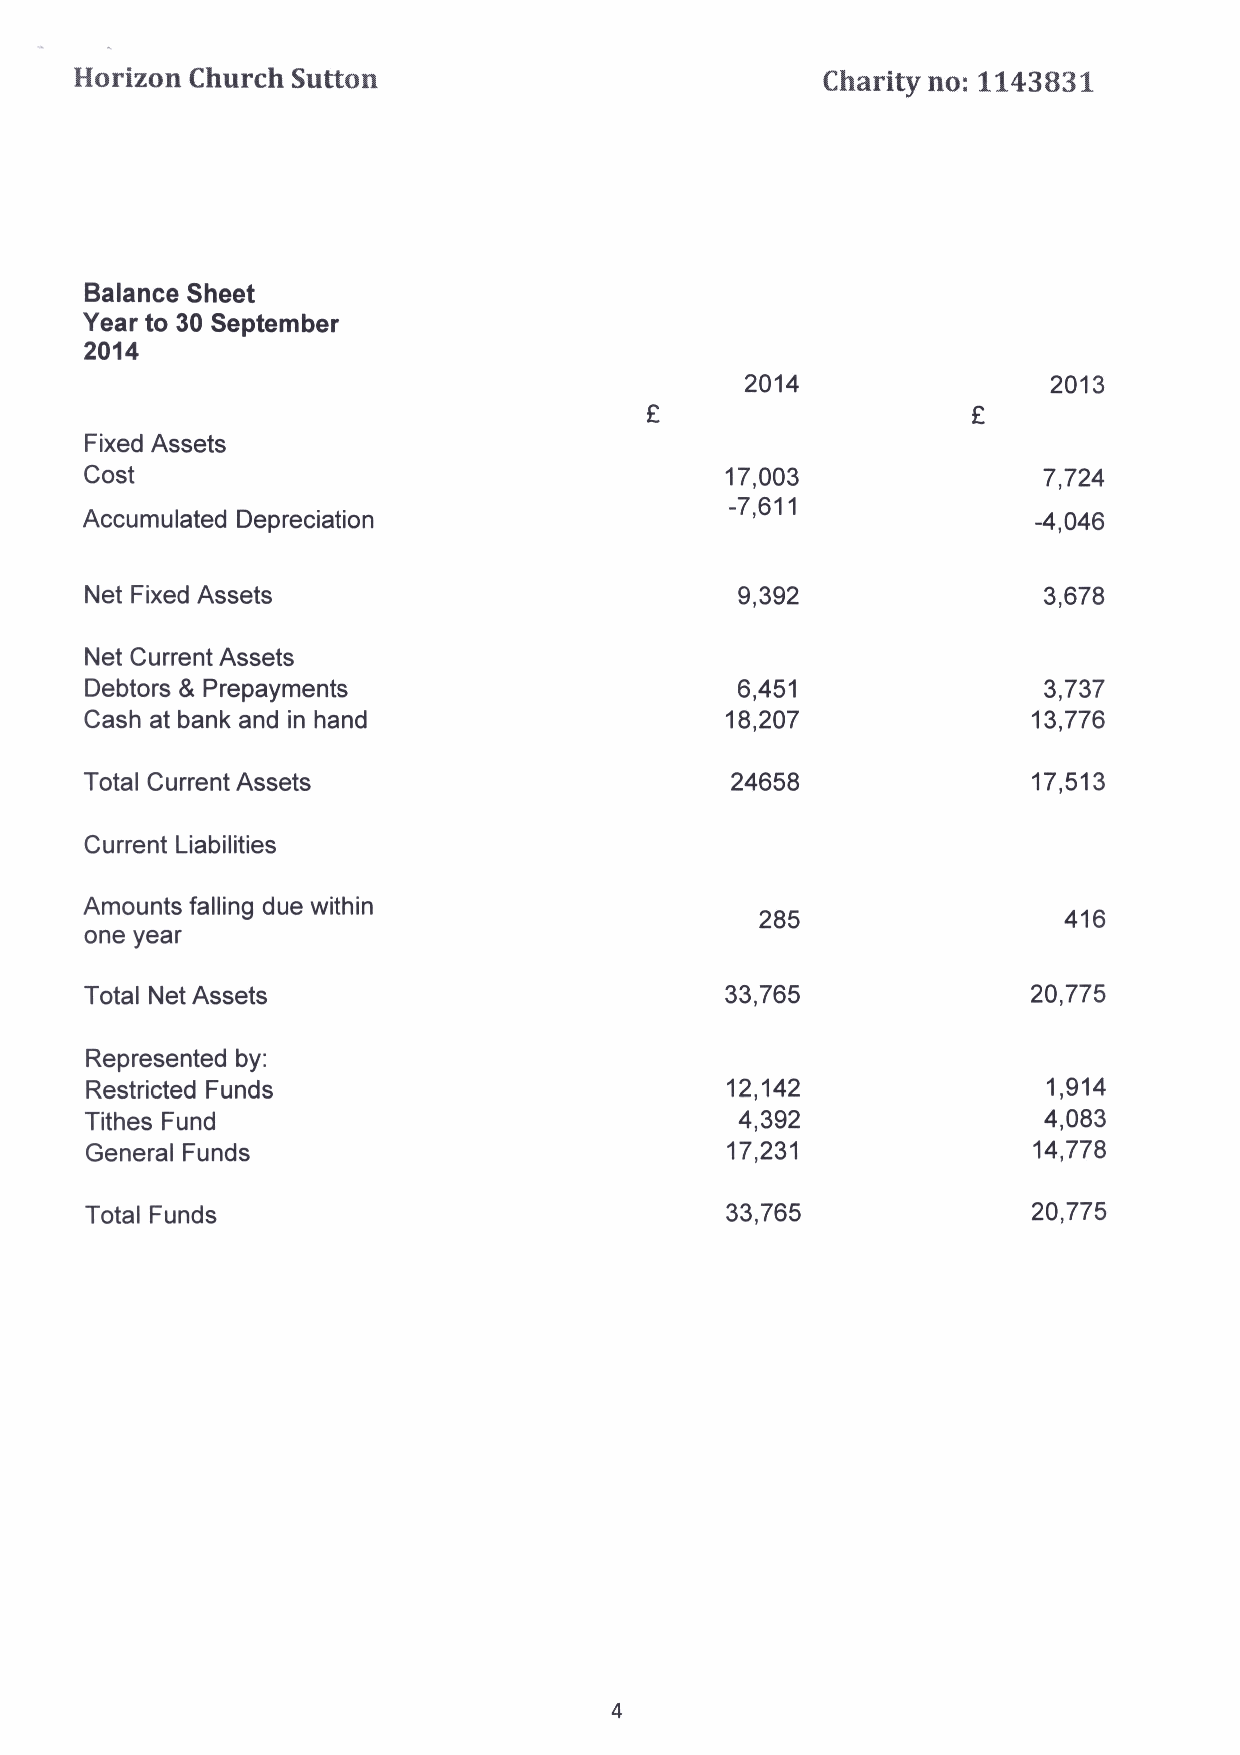
Horizon Church Sutton                            Charity no: 1143831
 Balance Sheet
 Year to 30 September
 2014
 2014                 2013
 Fixed Assets
 Cost                                      17,003               7,724
 -7,611
 Accumulated Depreciation                                        -4,046
 Net Fixed Assets                           9,392               3,678
 Net Current Assets
 Debtors 8 Prepayments                      6,451               3,737
 Cash at bank and in hand                  18,207              13,776
 Total Current Assets                      24658               17,513
 Current Liabilities
 Amounts falling due within
 285                 416
 one year
 Total Net Assets                          33,765              20,775
 Represented by:
 Restricted Funds                          12,142               1,914
 Tithes Fund                                4,392               4,083
 General Funds                             17,231              14,778
 Total Funds                               33,765              20,775